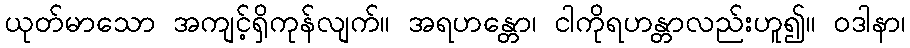
ယုတ်မာသော အကျင့်ရှိကုန်လျက်။ အရဟန္တော၊ ငါကိုရဟန္တာလည်းဟူ၍။ ဝဒါနာ၊